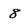
Character: 8